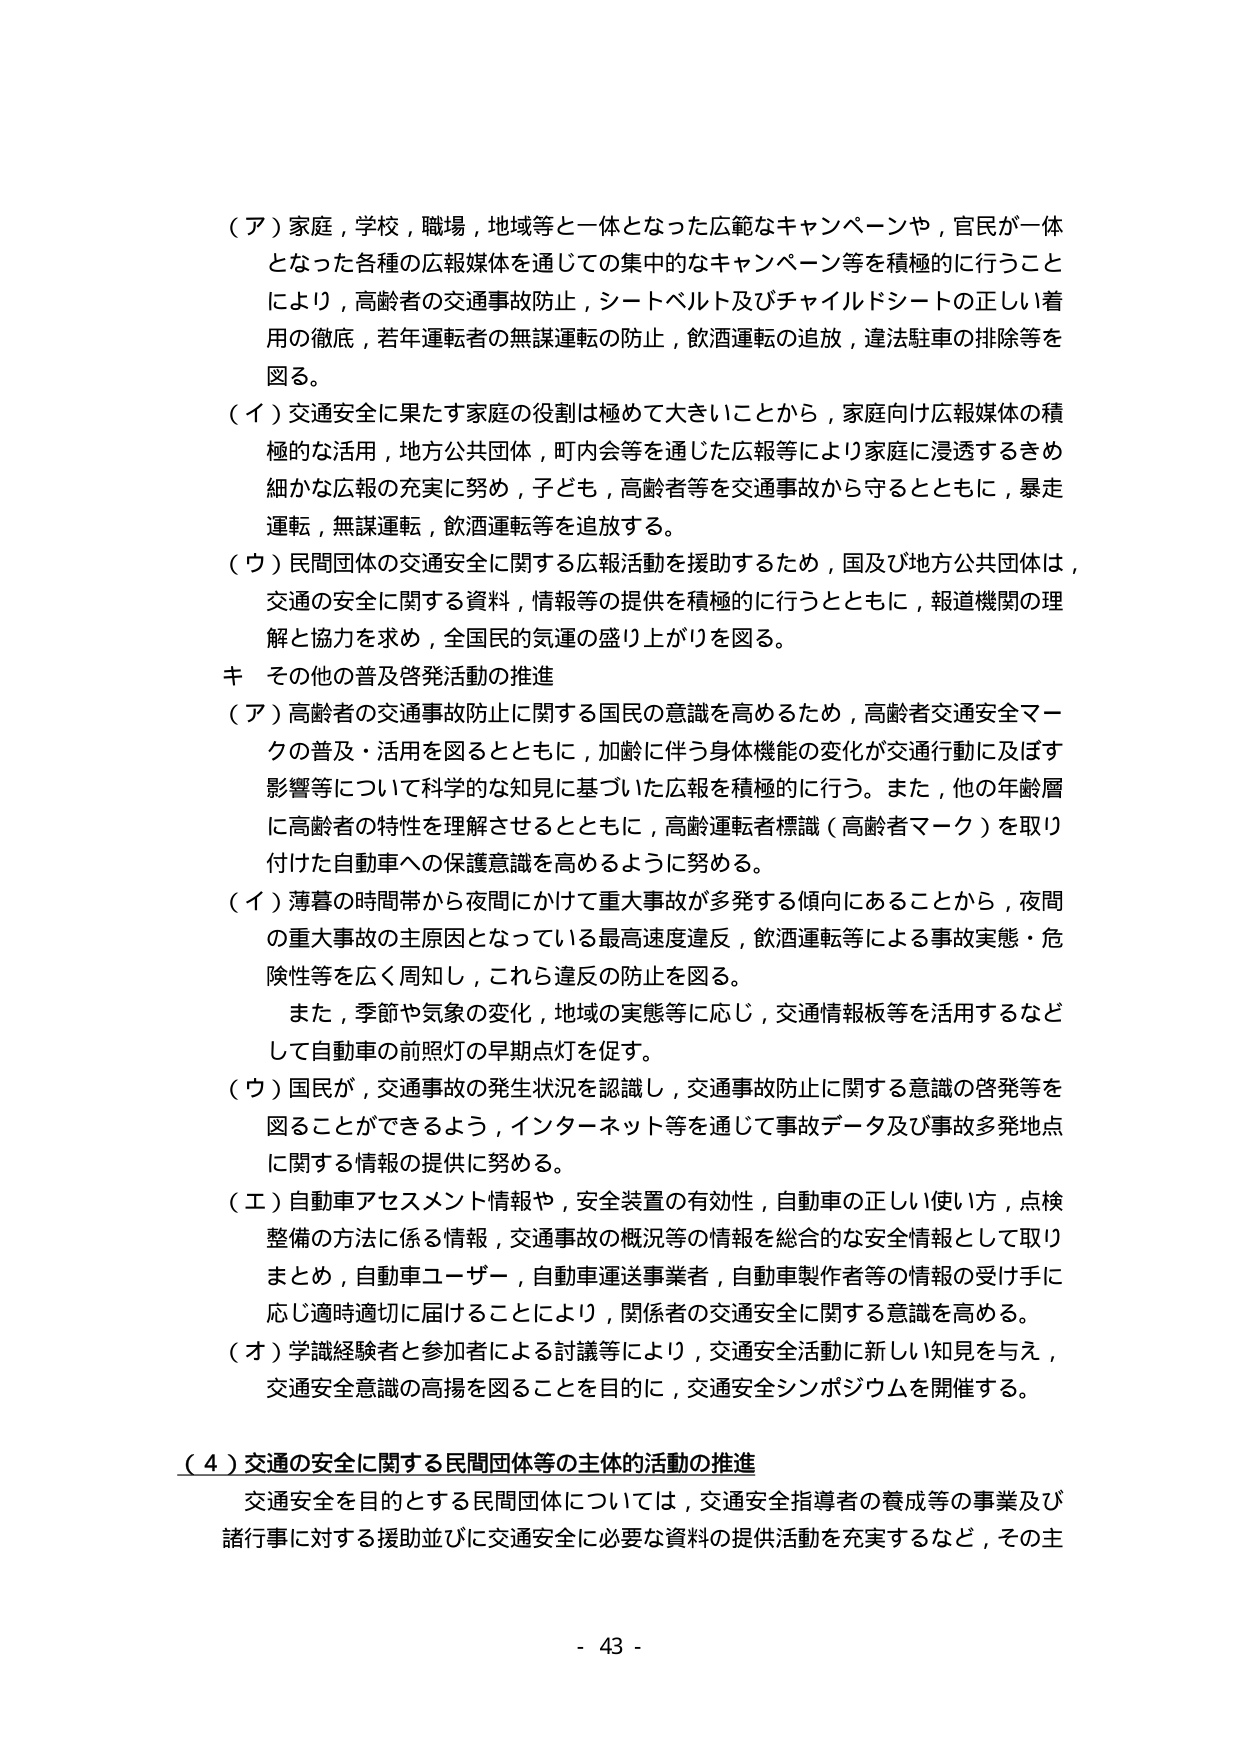
（ア）家庭，学校，職場，地域等と一体となった広範なキャンペーンや，官民が一体となった各種の広報媒体を通じての集中的なキャンペーン等を積極的に行うことにより，高齢者の交通事故防止，シートベルト及びチャイルドシートの正しい着用の徹底，若年運転者の無謀運転の防止，飲酒運転の追放，違法駐車の排除等を図る。

（イ）交通安全に果たす家庭の役割は極めて大きいことから，家庭向け広報媒体の積極的な活用，地方公共団体，町内会等を通じた広報等により家庭に浸透するきめ細かな広報の充実に努め，子ども，高齢者等を交通事故から守るとともに，暴走運転，無謀運転，飲酒運転等を追放する。

（ウ）民間団体の交通安全に関する広報活動を援助するため，国及び地方公共団体は，交通の安全に関する資料，情報等の提供を積極的に行うとともに，報道機関の理解と協力を求め，全国民の気運の盛り上がりを図る。

キ その他の普及啓発活動の推進

（ア）高齢者の交通事故防止に関する国民の意識を高めるため，高齢者交通安全マークの普及・活用を図るとともに，加齢に伴う身体機能の変化が交通行動に及ぼす影響等について科学的な知見に基づいた広報を積極的に行う。また，他の年齢層に高齢者の特性を理解させるとともに，高齢運転者標識（高齢者マーク）を取り付けた自動車への保護意識を高めるように努める。

（イ）薄暮の時間帯から夜間にかけて重大事故が多発する傾向にあることから，夜間の重大事故の主原因となっている最高速度違反，飲酒運転等による事故実態・危険性等を広く周知し，これら違反の防止を図る。

　　また，季節や気象の変化，地域の実態等に応じ，交通情報板等を活用するなどして自動車の前照灯の早期点灯を促す。

（ウ）国民が，交通事故の発生状況を認識し，交通事故防止に関する意識の啓発等を図ることができるよう，インターネット等を通じて事故データ及び事故多発地点に関する情報の提供に努める。

（エ）自動車アセスメント情報や，安全装置の有効性，自動車の正しい使い方，点検整備の方法に係る情報，交通事故の概況等の情報を総合的な安全情報として取りまとめ，自動車ユーザー，自動車運送事業者，自動車製作者等の情報の受け手に応じ適時適切に届けることにより，関係者の交通安全に関する意識を高める。

（オ）学識経験者と参加者による討議等により，交通安全活動に新しい知見を与え，交通安全意識の高揚を図ることを目的に，交通安全シンポジウムを開催する。

（４）交通の安全に関する民間団体等の主体的活動の推進

　　交通安全を目的とする民間団体については，交通安全指導者の養成等の事業及び諸行事に対する援助並びに交通安全に必要な資料の提供活動を充実するなど，その主

- 43 -